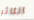
الثائر